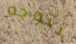
نتوجه